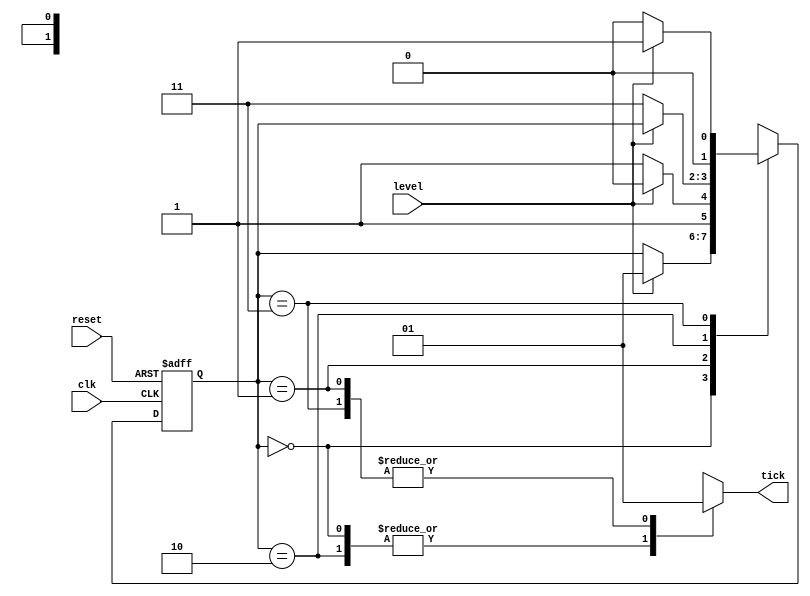
module dual_edge_detector_moore(
    input clk, reset,
    input level,
    output reg tick
    );
    
    //assigns state names to bit values for case statement
    localparam [1:0] zero = 2'b00, 
                     rise = 2'b01, 
                     one  = 2'b10, 
                     fall = 2'b11;
                     
    reg [1:0] state_reg, state_next;
                 
    //D FF 
    always @(posedge clk, posedge reset)
        if(reset)
            state_reg = zero;
        else
            state_reg = state_next;
            
    //Next state logic and output logic
    always @*
        begin
            tick = 1'b0;  //default off since rising/falling edge will happen less often
            case(state_reg)
                zero: state_next = level ? rise : state_reg;
                rise:
                    begin
                        tick = 1'b1;
                        state_next = level ? one : fall;
                    end
                one: state_next = level ? state_reg : fall;
                fall: 
                    begin
                        tick = 1'b1;
                        state_next = level ? rise : zero;
                    end
            endcase
        end
        
endmodule